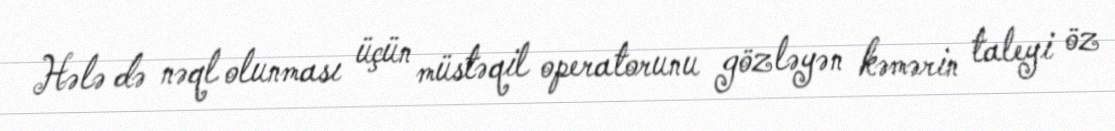
Hələ də nəql olunması üçün müstəqil operatorunu gözləyən kəmərin taleyi öz